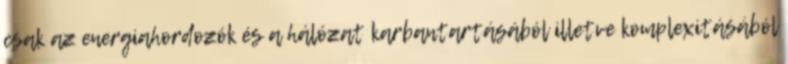
csak az energiahordozók és a hálózat karbantartásából illetve komplexitásából